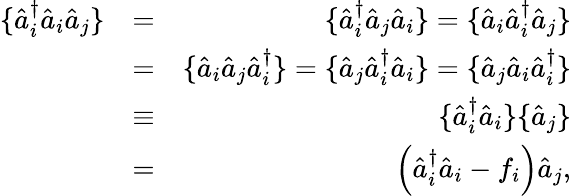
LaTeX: \begin{array}{rlr}{\{ \hat{a}_{i}^{\dagger}\hat{a}_{i}\hat{a}_{j}\} }&{=}&{\{ \hat{a}_{i}^{\dagger}\hat{a}_{j}\hat{a}_{i}\} =\{ \hat{a}_{i}\hat{a}_{i}^{\dagger}\hat{a}_{j}\} }\\ &{=}&{\{ \hat{a}_{i}\hat{a}_{j}\hat{a}_{i}^{\dagger}\} =\{ \hat{a}_{j}\hat{a}_{i}^{\dagger}\hat{a}_{i}\} =\{ \hat{a}_{j}\hat{a}_{i}\hat{a}_{i}^{\dagger}\} }\\ &{\equiv}&{\{ \hat{a}_{i}^{\dagger}\hat{a}_{i}\} \{ \hat{a}_{j}\} }\\ &{=}&{\left(\hat{a}_{i}^{\dagger}\hat{a}_{i}-f_{i}\right)\hat{a}_{j},}\end{array}